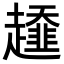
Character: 𧾓